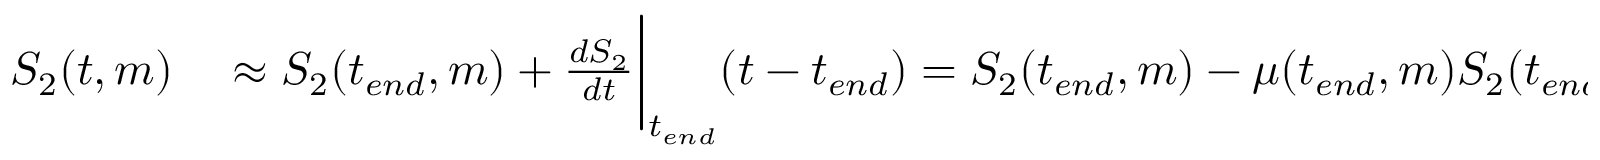
\begin{array} { r l } { S _ { 2 } ( t , m ) } & { { } \approx S _ { 2 } ( t _ { e n d } , m ) + \frac { d S _ { 2 } } { d t } \bigg | _ { t _ { e n d } } ( t - t _ { e n d } ) = S _ { 2 } ( t _ { e n d } , m ) - \mu ( t _ { e n d } , m ) S _ { 2 } ( t _ { e n d } , m ) ( t - t _ { e n d } ) } \end{array}